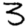
Digit: 3